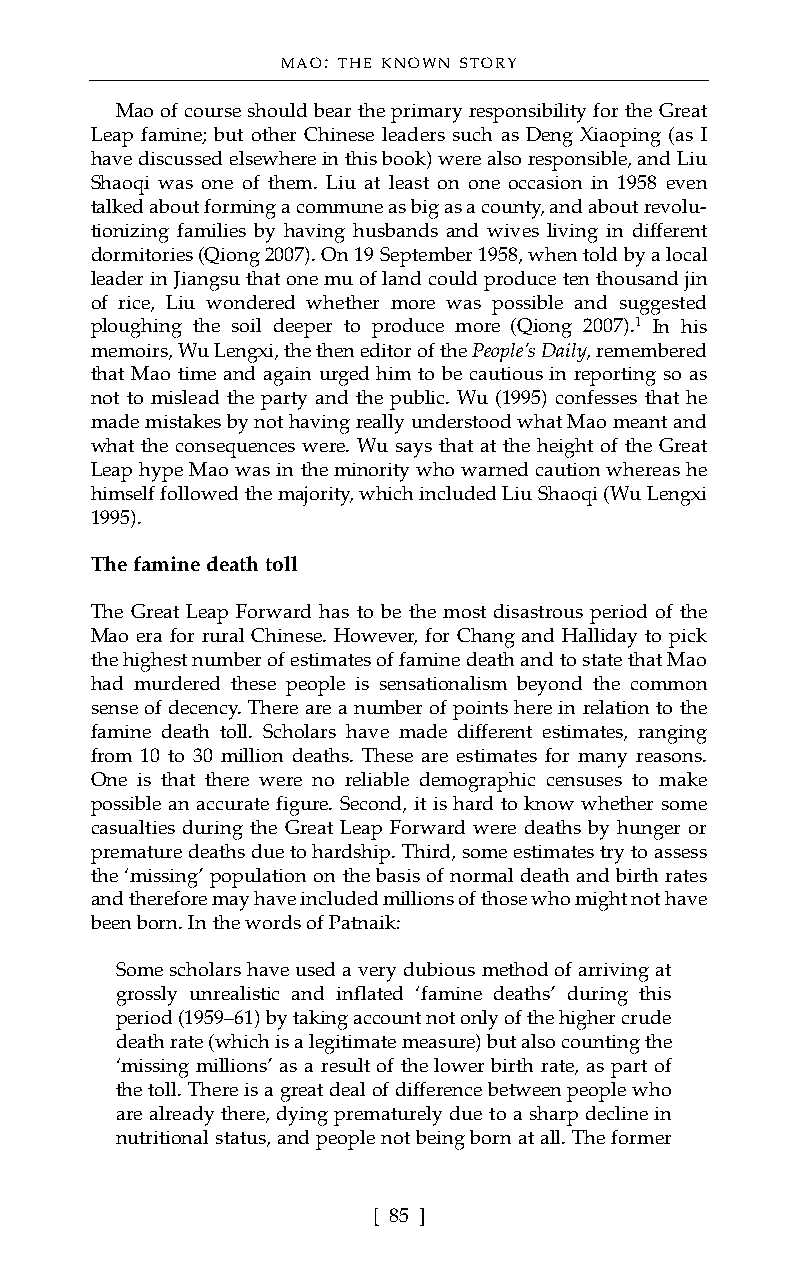
MAO: THE KNOWN STORY
 Mao of course should bear the primary responsibility for the Great
 Leap famine; but other Chinese leaders such as Deng Xiaoping (as I
 have discussed elsewhere in this book) were also responsible, and Liu
 Shaoqi was one of them. Liu at least on one occasion in 1958 even
 talked about forming a commune as big as a county, and about revolu-
 tionizing families by having husbands and wives living in different
 dormitories (Qiong 2007). On 19 September 1958, when told by a local
 leader in Jiangsu that one mu of land could produce ten thousand jin
 of rice, Liu wondered whether more was possible and suggested
 ploughing the soil deeper to produce more (Qiong 2007).1 In his
 memoirs, Wu Lengxi, the then editor of the People’s Daily, remembered
 that Mao time and again urged him to be cautious in reporting so as
 not to mislead the party and the public. Wu (1995) confesses that he
 made mistakes by not having really understood what Mao meant and
 what the consequences were. Wu says that at the height of the Great
 Leap hype Mao was in the minority who warned caution whereas he
 himself followed the majority, which included Liu Shaoqi (Wu Lengxi
 1995).
 The famine death toll
 The Great Leap Forward has to be the most disastrous period of the
 Mao era for rural Chinese. However, for Chang and Halliday to pick
 the highest number of estimates of famine death and to state that Mao
 had murdered these people is sensationalism beyond the common
 sense of decency. There are a number of points here in relation to the
 famine death toll. Scholars have made different estimates, ranging
 from 10 to 30 million deaths. These are estimates for many reasons.
 One is that there were no reliable demographic censuses to make
 possible an accurate figure. Second, it is hard to know whether some
 casualties during the Great Leap Forward were deaths by hunger or
 premature deaths due to hardship. Third, some estimates try to assess
 the ‘missing’ population on the basis of normal death and birth rates
 and therefore may have included millions of those who might not have
 been born. In the words of Patnaik:
 Some scholars have used a very dubious method of arriving at
 grossly unrealistic and inflated ‘famine deaths’ during this
 period (1959–61) by taking account not only of the higher crude
 death rate (which is a legitimate measure) but also counting the
 ‘missing millions’ as a result of the lower birth rate, as part of
 the toll. There is a great deal of difference between people who
 are already there, dying prematurely due to a sharp decline in
 nutritional status, and people not being born at all. The former
 [ 85 ]